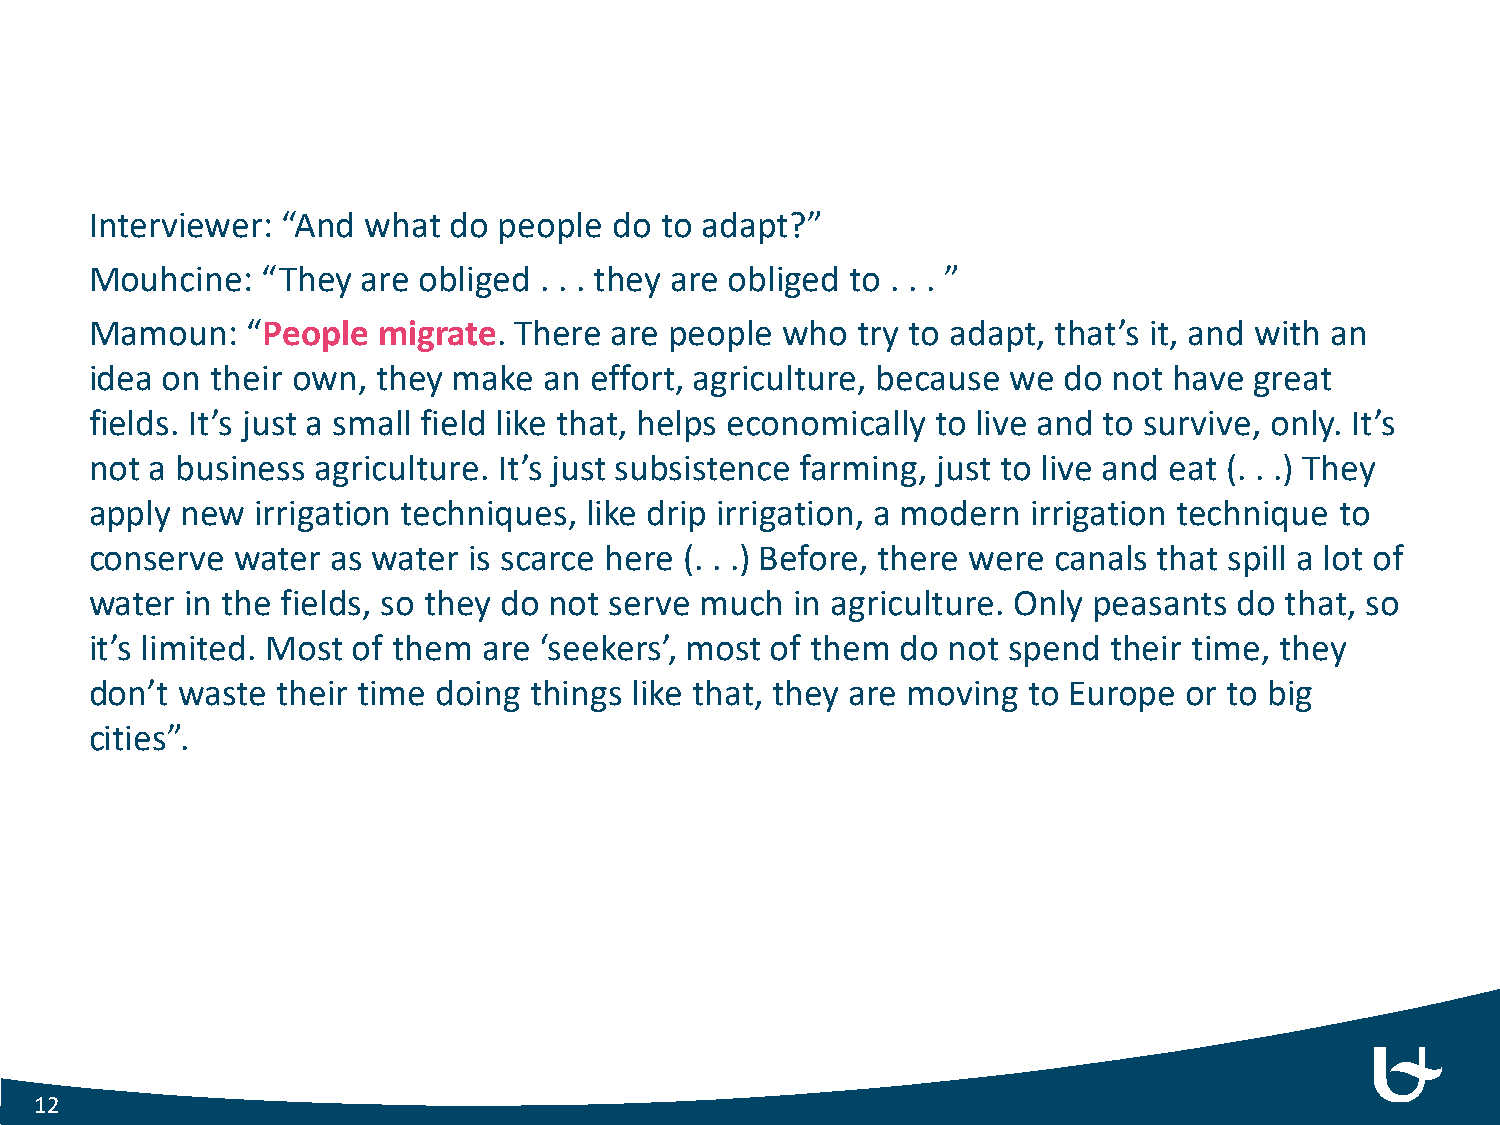
Interviewer: “And what  do people  do to adapt?”
 Mouhcine:  “They  are obliged . . . they are obliged to . . . ”
 Mamoun:   “People  migrate. There are people  who  try to adapt, that’s it, and with an
 idea on their own, they make  an effort, agriculture, because we do not have great
 fields. It’s just a small field like that, helps economically to live and to survive, only. It’s
 not a business agriculture. It’s just subsistence farming, just to live and eat (. . .) They
 apply new  irrigation techniques, like drip irrigation, a modern irrigation technique to
 conserve  water as water is scarce here (. . .) Before, there were canals that spill a lot of
 water in the fields, so they do not serve much in agriculture. Only peasants do that, so
 it’s limited. Most of them are ‘seekers’, most of them do not spend their time, they
 don’t waste their time doing things like that, they are moving to Europe or to big
 cities”.
 12